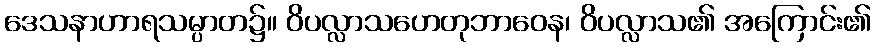
ဒေသနာဟာရသမ္ပာတ၌။ ဝိပလ္လာသဟေတုဘာဝေန၊ ဝိပလ္လာသ၏ အကြောင်း၏